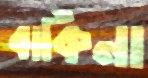
বার্কিনা